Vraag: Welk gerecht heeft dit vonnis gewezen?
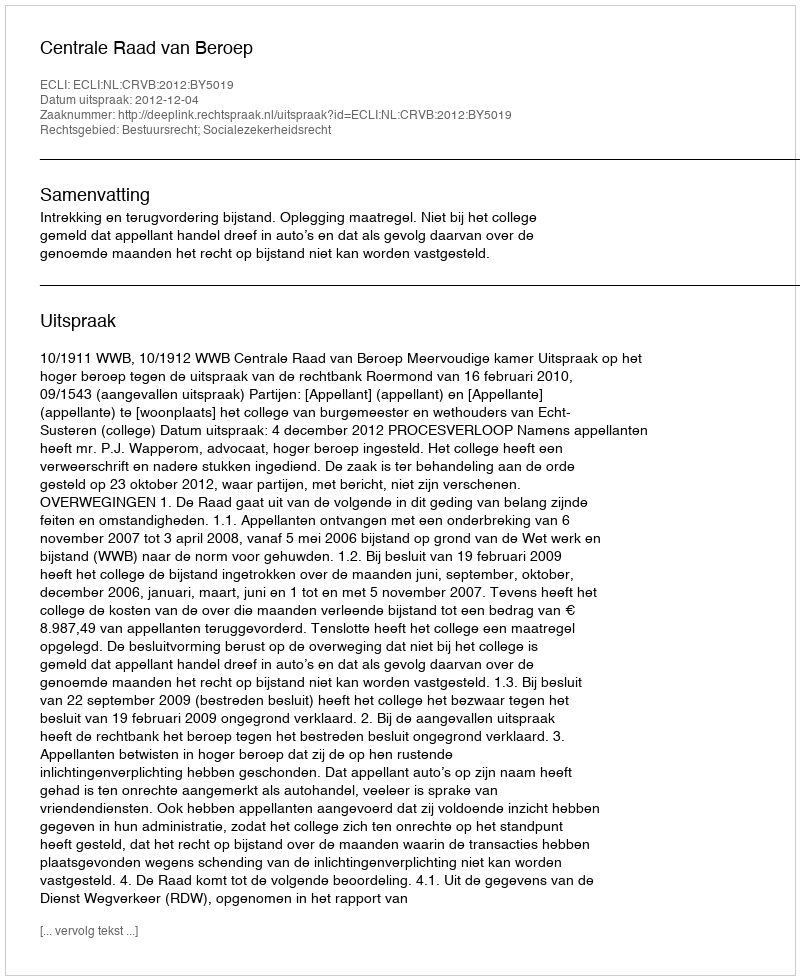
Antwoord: Centrale Raad van Beroep